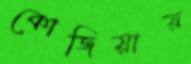
কোজিয়ার